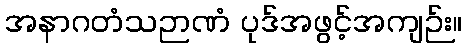
အနာဂတံသဉာဏံ ပုဒ်အဖွင့်အကျဉ်း။